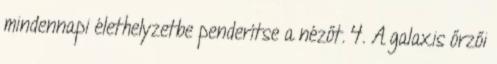
mindennapi élethelyzetbe penderítse a nézőt. 4. A galaxis őrzői